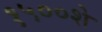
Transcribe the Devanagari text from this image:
१५००शे